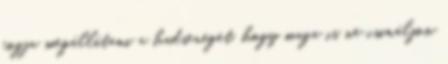
fogja megállítani a hadsereget, hogy maga is ne csináljon